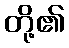
တို့၏